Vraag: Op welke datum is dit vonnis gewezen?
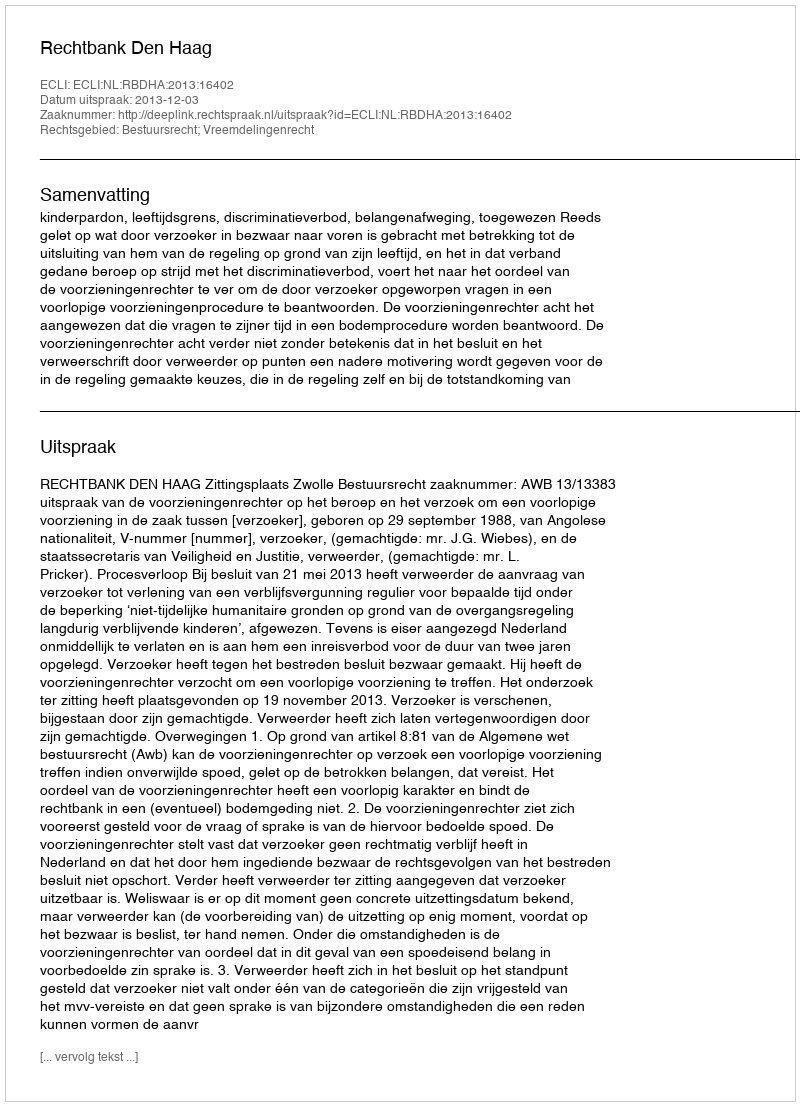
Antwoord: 2013-12-03